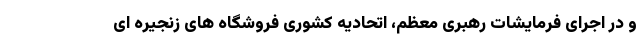
و در اجرای فرمایشات رهبری معظم، اتحادیه کشوری فروشگاه های زنجیره ای